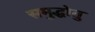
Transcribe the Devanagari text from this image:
समुद्धोतु